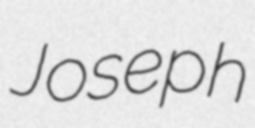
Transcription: Joseph